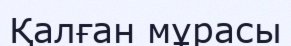
Қалған мұрасы